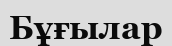
Бұғылар